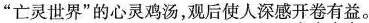
”亡灵世界”的心灵鸡汤，观后使人深感\underset{·}{开}\underset{·}{卷}\underset{·}{有}\underset{·}{益}。